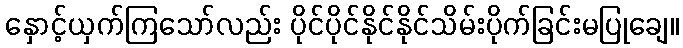
နှောင့်ယှက်ကြသော်လည်း ပိုင်ပိုင်နိုင်နိုင်သိမ်းပိုက်ခြင်းမပြုချေ။